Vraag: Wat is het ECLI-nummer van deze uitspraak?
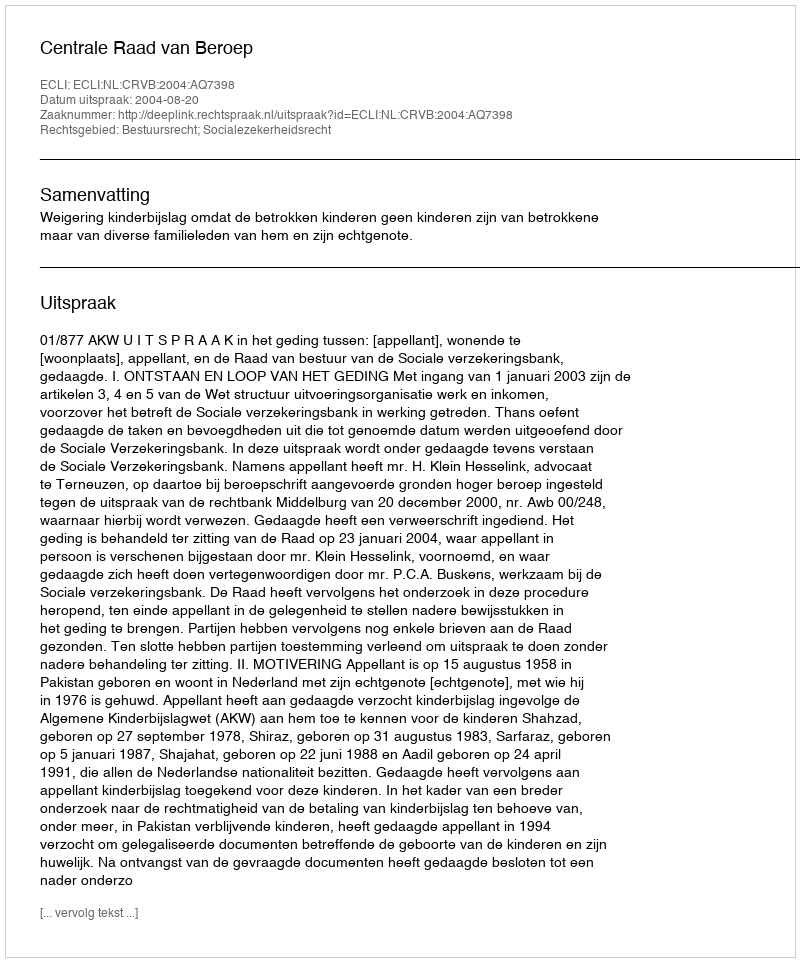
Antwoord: ECLI:NL:CRVB:2004:AQ7398